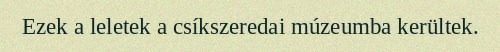
Ezek a leletek a csíkszeredai múzeumba kerültek.